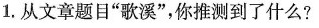
1.从文章题目”歌溪”，你推测到了什么?